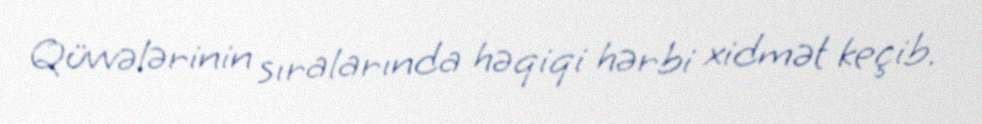
Qüvvələrinin sıralarında həqiqi hərbi xidmət keçib.